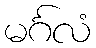
မင်္ဂလံ